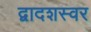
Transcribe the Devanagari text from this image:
द्वादशस्वर